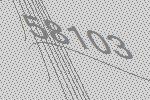
58103